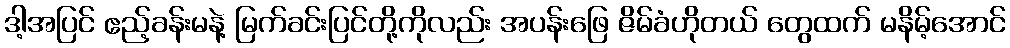
ဒါ့အပြင် ဧည့်ခန်းမနဲ့ မြက်ခင်းပြင်တို့ကိုလည်း အပန်းဖြေ ဇိမ်ခံဟိုတယ် တွေထက် မနိမ့်အောင်